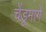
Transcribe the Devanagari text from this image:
चेंडूमागे